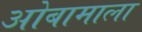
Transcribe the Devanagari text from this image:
ओबामाला